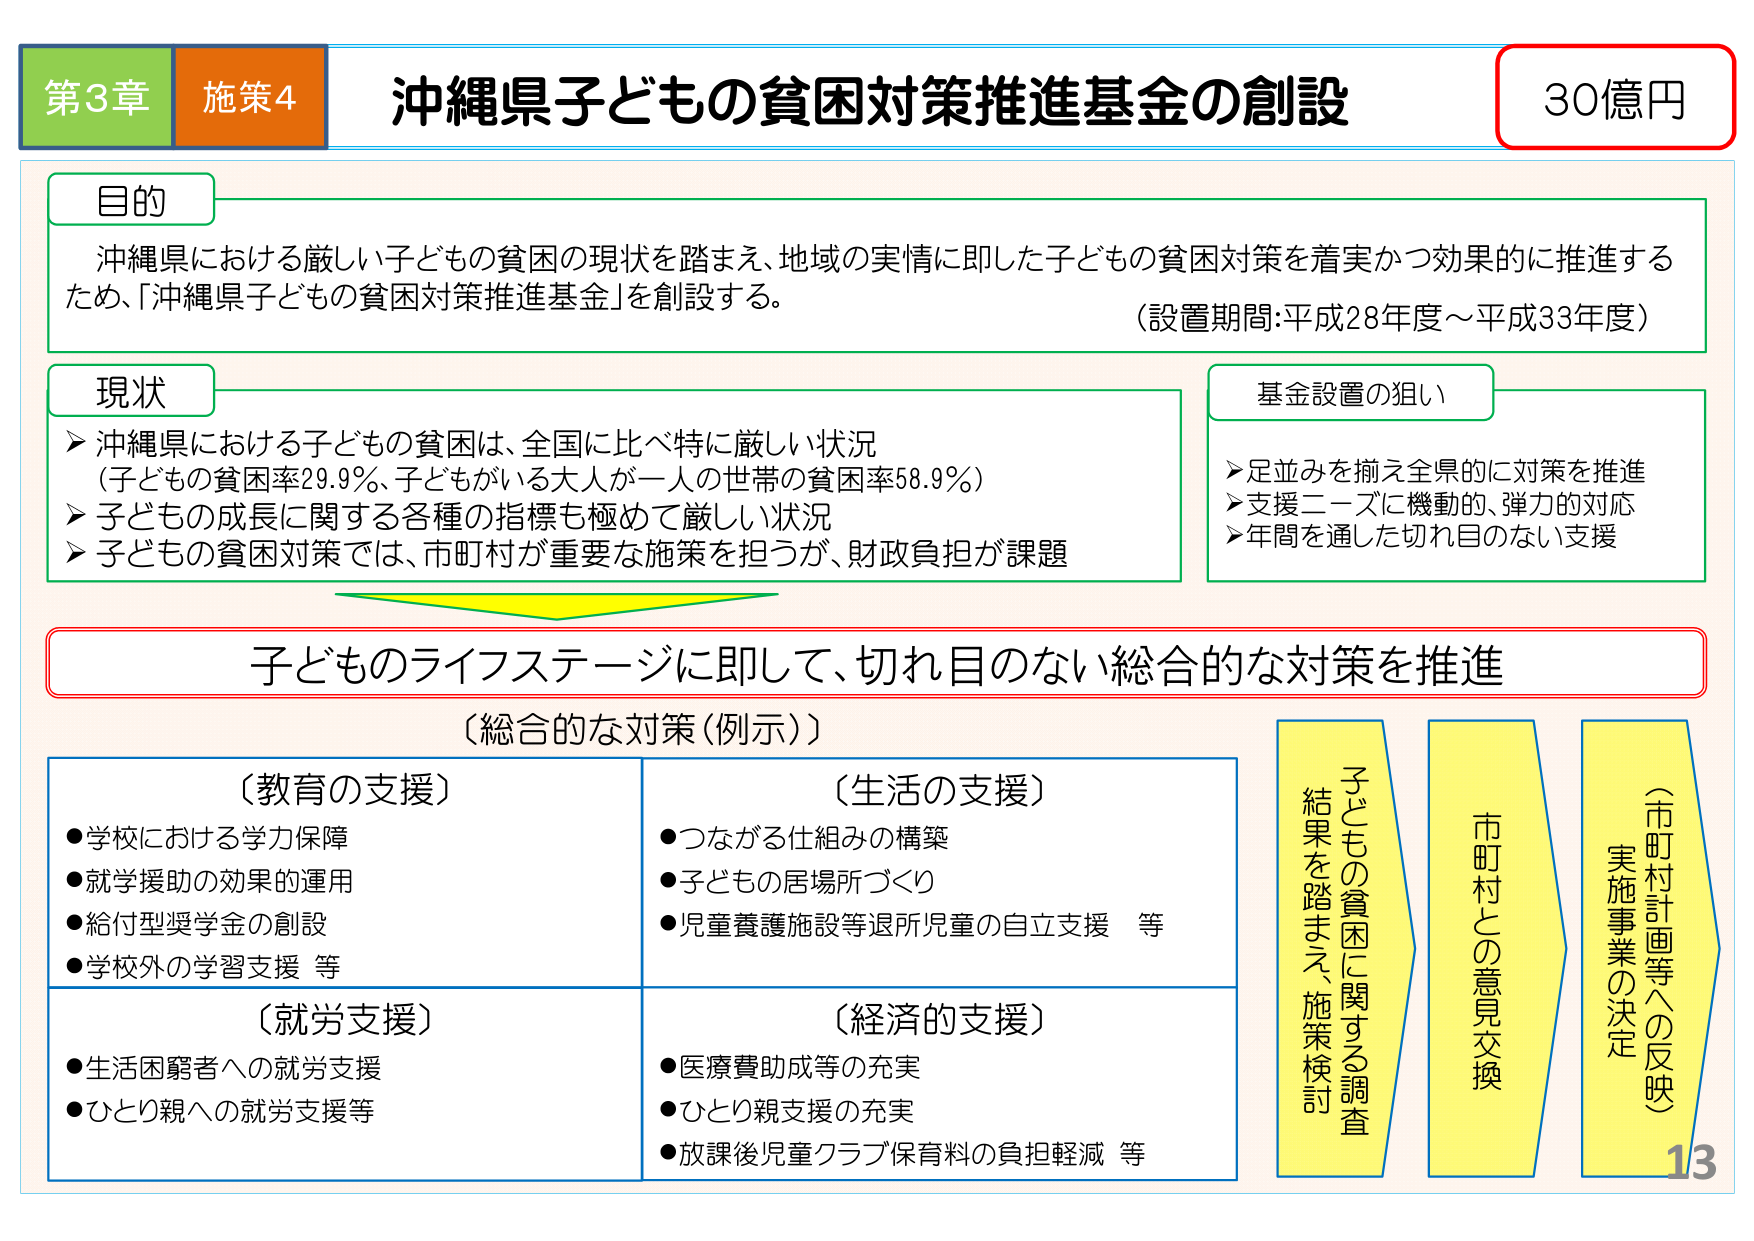
第3章 施策4 沖縄県子どもの貧困対策推進基金の創設 30億円

目的
沖縄県における厳しい子どもの貧困の現状を踏まえ、地域の実情に即した子どもの貧困対策を着実かつ効果的に推進するため、「沖縄県子どもの貧困対策推進基金」を創設する。
（設置期間：平成28年度～平成33年度）

現状
➤ 沖縄県における子どもの貧困は、全国に比べ特に厳しい状況
（子どもの貧困率29.9％、子どもがいる大人が一人の世帯の貧困率58.9％）
➤ 子どもの成長に関する各種の指標も極めて厳しい状況
➤ 子どもの貧困対策では、市町村が重要な施策を担うが、財政負担が課題

基金設置の狙い
➤ 足並みを揃え全県的に対策を推進
➤ 支援ニーズに機動的、弾力的対応
➤ 年間を通した切れ目のない支援

子どものライフステージに即して、切れ目のない総合的な対策を推進

（総合的な対策（例示））

（教育の支援）
●学校における学力保障
●就学援助の効果的運用
●給付型奨学金の創設
●学校外の学習支援 等

（生活の支援）
●つながる仕組みの構築
●子どもの居場所づくり
●児童養護施設等退所児童の自立支援 等

（就労支援）
●生活困窮者への就労支援
●ひとり親への就労支援等

（経済的支援）
●医療費助成等の充実
●ひとり親支援の充実
●放課後児童クラブ保育料の負担軽減 等

子どもの貧困に関する調査
結果を踏まえ、施策検討
市町村との意見交換
（市町村計画等への反映）
実施事業の決定

13